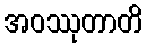
အဝဿုတာတိ